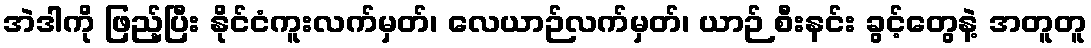
အဲဒါကို ဖြည့်ပြီး နိုင်ငံကူးလက်မှတ်၊ လေယာဉ်လက်မှတ်၊ ယာဉ် စီးနင်း ခွင့်တွေနဲ့ အတူတူ